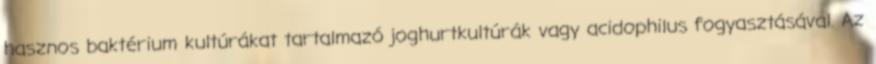
hasznos baktérium kultúrákat tartalmazó joghurtkultúrák vagy acidophilus fogyasztásával. Az